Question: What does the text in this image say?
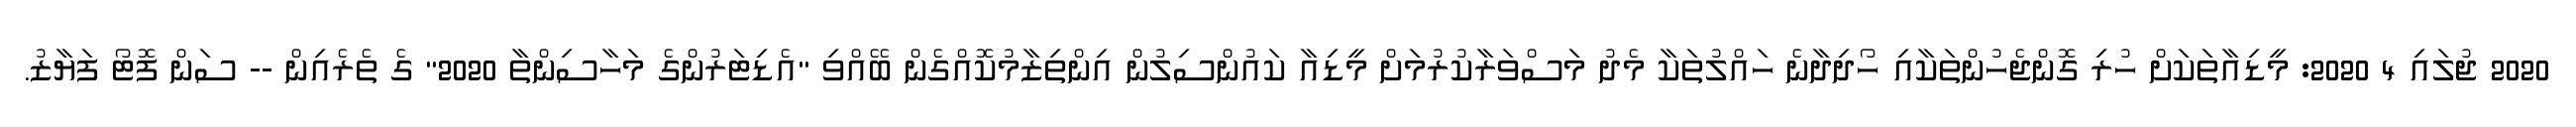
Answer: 2020 ޖުލައި 4 2020: މީޑިއާތަކަށް ހުރި ގޮންޖެހުންތަކާއި ހޯދިދާނެ ހައްލުތަކާ މެދު މަސްވަރާކުރުމަށް މީޑިއާ ކައުންސިލުން އިންތިޒާމުކޮއްގެން ބޭއްވި "އެޑިޓަރުންގެ މަހާސިންތާ 2020" ގެ ތެރެއިން -- ސަން ފޮޓޯ ފަޔާޒު.